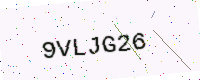
Text: 9VLJG26